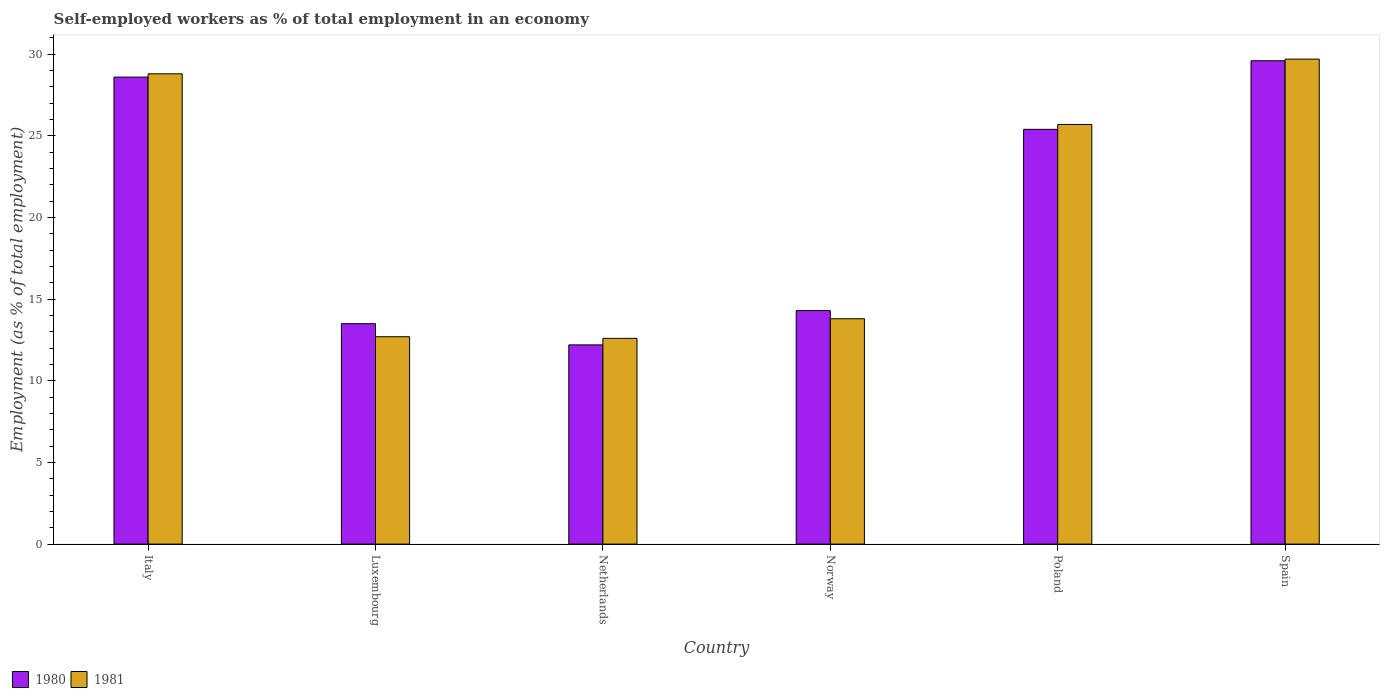
| Country | 1980 | 1981 |
 | --- | --- | --- |
 | Italy | 28.6 | 28.8 |
 | Luxembourg | 13.5 | 12.7 |
 | Netherlands | 12.2 | 12.6 |
 | Norway | 14.3 | 13.8 |
 | Poland | 25.4 | 25.7 |
 | Spain | 29.6 | 29.7 |